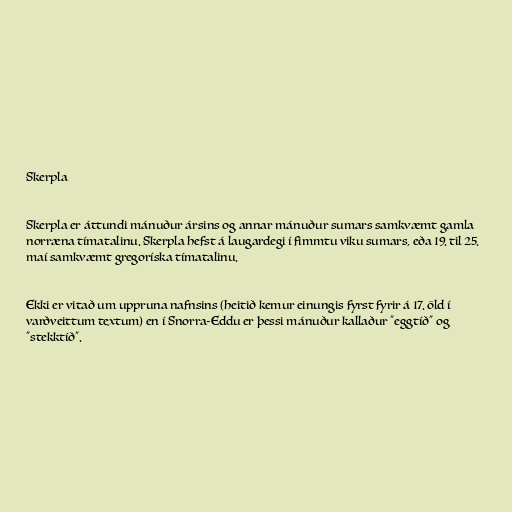
Skerpla

Skerpla er áttundi mánuður ársins og annar mánuður sumars samkvæmt gamla
norræna tímatalinu. Skerpla hefst á laugardegi í fimmtu viku sumars, eða 19. til 25.
maí samkvæmt gregoríska tímatalinu.

Ekki er vitað um uppruna nafnsins (heitið kemur einungis fyrst fyrir á 17. öld í
varðveittum textum) en í Snorra-Eddu er þessi mánuður kallaður "eggtíð" og
"stekktíð".